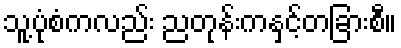
သူ့ပုံစံကလည်း ညတုန်းကနှင့်တခြားစီ။